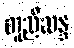
တူညီဆန္ဒ